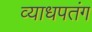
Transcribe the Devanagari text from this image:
व्याधपतंग